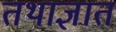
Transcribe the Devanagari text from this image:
तथाज्ञात